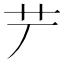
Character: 𦫺